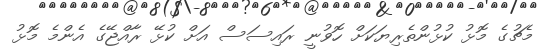
މެޗުގެ މޮޅު ކުޅުންތެރިޔަކަށް ހޮވުނީ ރައިސަސް އަށް ކުޅޭ ރާއްޖޭގެ އެންމެ މޮޅު